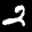
Label: 2